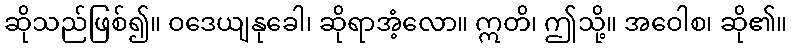
ဆိုသည်ဖြစ်၍။ ဝဒေယျနုခေါ၊ ဆိုရာအံ့လော။ ဣတိ၊ ဤသို့။ အဝေါစ၊ ဆို၏။